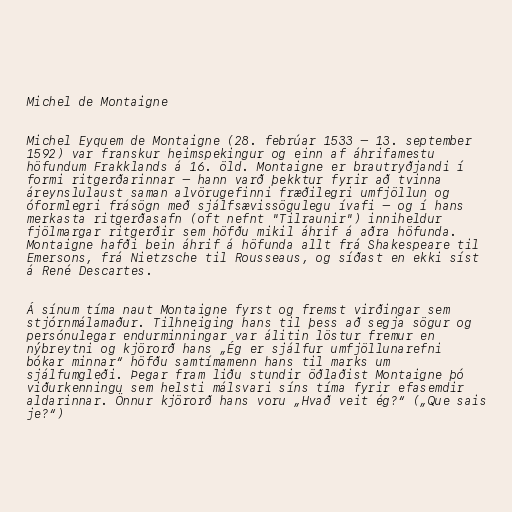
Michel de Montaigne

Michel Eyquem de Montaigne (28. febrúar 1533 – 13. september
1592) var franskur heimspekingur og einn af áhrifamestu
höfundum Frakklands á 16. öld. Montaigne er brautryðjandi í
formi ritgerðarinnar — hann varð þekktur fyrir að tvinna
áreynslulaust saman alvörugefinni fræðilegri umfjöllun og
óformlegri frásögn með sjálfsævissögulegu ívafi — og í hans
merkasta ritgerðasafn (oft nefnt "Tilraunir") inniheldur
fjölmargar ritgerðir sem höfðu mikil áhrif á aðra höfunda.
Montaigne hafði bein áhrif á höfunda allt frá Shakespeare til
Emersons, frá Nietzsche til Rousseaus, og síðast en ekki síst
á René Descartes.

Á sínum tíma naut Montaigne fyrst og fremst virðingar sem
stjórnmálamaður. Tilhneiging hans til þess að segja sögur og
persónulegar endurminningar var álitin löstur fremur en
nýbreytni og kjörorð hans „Ég er sjálfur umfjöllunarefni
bókar minnar“ höfðu samtímamenn hans til marks um
sjálfumgleði. Þegar fram liðu stundir öðlaðist Montaigne þó
viðurkenningu sem helsti málsvari síns tíma fyrir efasemdir
aldarinnar. Önnur kjörorð hans voru „Hvað veit ég?“ („Que sais
je?“)